Annual report of the Civil Veterinary Department, Bengal, for the year 1897-98 - 1897-1898
Year: 1897
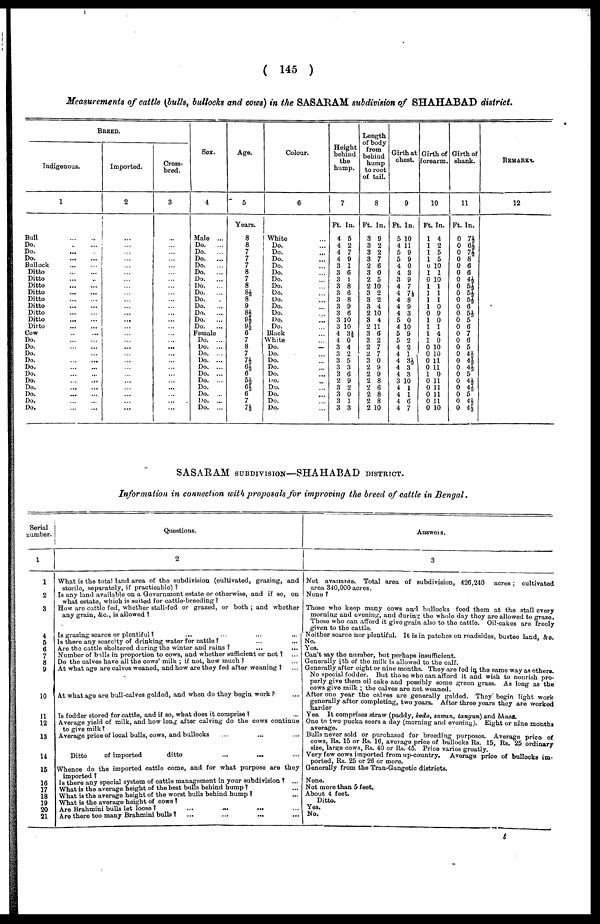
( 145 )
Measurements of cattle (bulls, bullocks and cows) in the SASARAM subdivision of SHAHABAD district.
BREED.
Indigenous.
1
Bull
...
...
Do.
...
...
Do. ... ...
Do.
...
...
Bullock
...
...
Ditto
...
...
Ditto
...
...
Ditto
...
...
Ditto
...
...
Ditto
...
...
Ditto
...
...
Ditto
...
...
Ditto
...
...
Ditto
...
...
Cow ... ...
Do.
...
...
Do.
...
...
Do. ... ...
Do.
...
...
Do.
...
...
Do.
...
...
Do.
...
...
Do.
...
...
Do.
...
...
Do.
...
...
Do.
...
...
Imported.
2
...
...
...
...
...
...
...
...
...
...
...
...
...
...
...
...
...
...
...
...
...
...
...
...
...
...
Cross-
bred.
3
...
...
...
...
...
...
...
...
...
...
...
...
...
...
...
...
...
...
...
...
...
...
...
...
...
...
Sex.
4
Male ...
Do.
...
Do.
...
Do.
...
Do.
...
Do.
...
Do.
...
Do.
...
Do.
...
Do.
Do.
...
Do.
...
Do.
...
Do.
...
Female
Do. ...
Do. ...
Do. ...
Do. ...
Do. ...
Do. ...
Do. ...
Do.
Do. ...
Do. ...
Do. ...
Age.
5
Years.
8
8
7
7
7
8
7
8
8½
8
9
8½
9½
9ft
6
7
8
7
7½
6½ 6
5½
6½
6
7
7½
Colour.
6
White ...
Do. ...
Do. ...
Do. ...
Do. ...
Do. ...
Do. ...
Do. ...
Do. ...
Do. ...
Do. ...
Do. ...
Do.
...
Do. ...
Black ...
White ...
Do. ...
Do. ...
Do. ...
Do. ...
Do. ...
Do. ...
Do. ...
Do. ...
Do. ..
Do. ...
Height
behind
the
hump.
7
Ft. In.
4 5
4 2
4 7
4 9
3 1
3 6
3 1
3 8
3 6
3 8
3 9
3 6
3 10
3 10
4 3½
4 0
3 4
3 2
3 5
3 3
3 6
2 9
3 2
3 0
3 1
3 3
Length
of body
from
behind
hump
to root
of tail.
8
Ft. In.
3 9
3 2
3 2
3 7
2 6
3 0
2 5
2 10
3 2
3 2
3 4
2 10
3 4
2 11
3 6
3 2
2 7
2 7
3 0
2 9
2 9
2 8
2 6
2 8
2 8
2 10
Girth at
chest.
9
Ft. In.
5 10
4 11
5 9
5 9
4 0
4 3
3 9
4 7
4 74
4 8
4 9
4 3
5 0
4 10
5 9
5 2
4 2
4 1
4 3½
4 3
4 3
3 10
4 1
4 1
4 6
4 7
Girth of
forearm.
10
Ft. In.
1 4
1 2
I 5
1 5
0 10
1 1
0 10
1 1
1 1
1 1
1 0
0 9
1 0
1 1
1 4
1 0
0 10
0 10
0 11
0 11
1 0
0 11
0 11
0 11
0 11
0 10
Girth of
shank.
11
Ft. In.
0 7½
0 6½
0 7½
0 8
0 6
0 6
0 4½
0 5½
0 5½
0 5½
0 6
0 5½
0 5
0 6
0 7
0 6
0 5
0 4½
0 4
0 44
0 5
0 4½
0 4
0 5
0 4½
0 4½
REMARKS.
12
SASARAM SUBDIVISION—SHAHABAD DISTRICT.
Information in connection with proposals for improving the breed of cattle in Bengal.
Serial
number.
1
1
2
3
4
5
6
7
8
9
10
11
12
13
14
15
16
17
18
19
20
21
Questions.
2
What is the total land area of the subdivision (cultivated, grazing, and
sterile, separately, if practicable) ?
Is any land available on a Government estate or otherwise, and if so, on
what estate, which is suited for cattle-breeding ?
How are cattle fed, whether stall-fed or grazed, or both ; and whether
any grain, &c, is allowed ?
Is grazing scarce or plentiful ?
...
...
...
...
Is there any scarcity of drinking water for cattle? ... ...
Are the cattle sheltered during the winter and rains ? ... ...
Number of bulls in proportion to cows, and whether sufficient or not ? ...
Do the calves have all the cows' milk ; if not, how much ? ...
At what age are calves weaned, and how are they fed after weaning ? ...
At what age are bull-calves gelded, and when do they begin work ? ...
Is fodder stored for cattle, and if so, what does it comprise ?
...
Average yield of milk, and how long after calving do the cows continue
to give milk?
Average price of local bulls, cows, and bullocks
Ditto
of imported
ditto
...
...
Whence do the imported cattle come, and for what purpose are they
imported?
Is there any special system of cattle management in your subdivision ? ...
What is the average height of the best bulls behind hump ? ...
What is the average height of the worst bulls behind hump ? ...
What is the average height of cows ?
Are Brahmini bulls let loose ? ... ... ... ... ...
Are there too many Brahmini bulls ? ... ... ... ...
Answers.
3
Not available Total area of subdivision, 426,240 acres ; cultivated
area 340,000 acres.
None ?
Those who keep many cows and bullocks feed them at the stall every
morning and evening, and during the whole day they are allowed to graze.
Those who can afford it give grain also to the cattle. Oil-cakes are freely
given to the cattle.
Neither scarce nor plentiful. It is in patches on roadsides, bustee land, &c.
No.
Yes.
Can't say the number, but perhaps insufficient.
Generally ¼th of the milk is allowed to the calf.
Generally after eight or nine months. They are fed in the same way as others.
No special fodder. But the se who can afford it and wish to nourish pro-
perly give them oil cake and possibly some green grass. As long as the
cows give milk ; the calves are not weaned.
After one year the calves are generally gelded. They begin light work
generally after completing, two years. After three years they are worked
harder
Yes. It comprises straw (paddy, kodo, sawan, tangun) and bhusa.
One to two pucka seers a day (morning and evening). Eight or nine months
average.
Bulls never sold or purchased for breeding purposes. Average price of
cows, Rs. 15 or Rs. 16, average price of bullocks Rs. 15, Rs. 25 ordinary
size, large cows, Rs. 40 or Rs. 45. Price varies greatly.
Very few cows imported from up-country.
Average price of bullocks im-
ported, Rs. 25 or 26 or more.
Generally from the Tran-Gangetic districts.
None.
Not more than 5 feet.
About 4 feet.
Ditto.
Yes.
No.
t